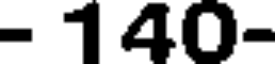
- 140-